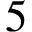
5